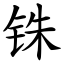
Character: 铢